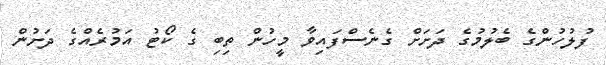
ފުލުހުންގެ ބެލުމުގެ ދަށަށް ގެނެސްފައިވާ މީހުން ތިބި ގެ ކޯޓު އަމުރެއްގެ ދަށުން